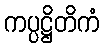
ကပ္ပဋ္ဌိတိကံ